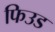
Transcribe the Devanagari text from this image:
फिउड